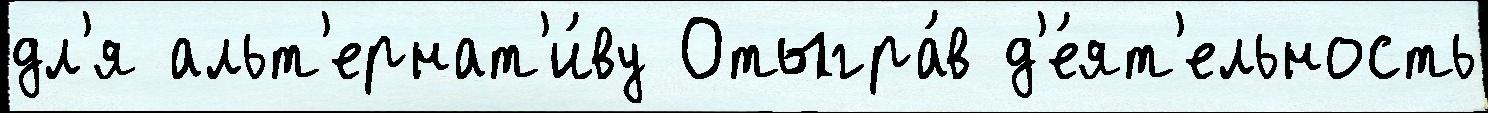
дл'я альт'ернат'и́ву Отыгра́в д'е́ят'ельность